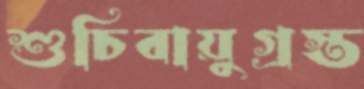
শুচিবায়ুগ্রস্ত